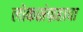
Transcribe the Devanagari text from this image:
लोकसंग्रहाचा